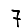
Digit: 7